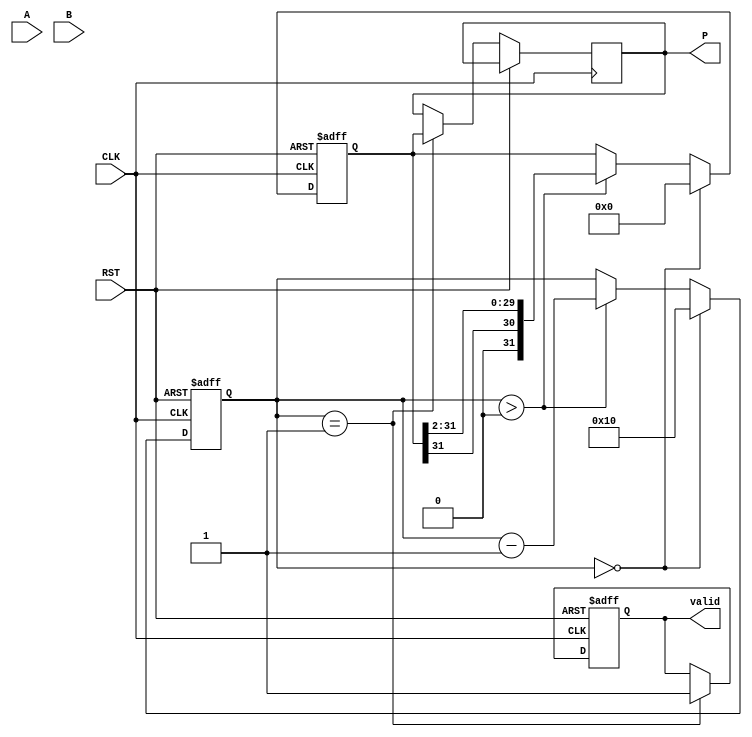
module ModifiedBoothMultiplier (
    input signed [15:0] A,     // Multiplicand
    input signed [15:0] B,     // Multiplier
    input CLK,                 // Clock
    input RST,                 // Reset
    output reg signed [31:0] P, // Product
    output reg valid            // Valid signal
);

    reg signed [15:0] M;       // Multiplicand Register
    reg signed [15:0] Q;       // Multiplier Register
    reg signed [31:0] R;       // Accumulator (Product Register)
    reg [4:0] Count;           // Bit counter
    reg [1:0] Q_minus1;        // Previous bit of multiplier

    always @(posedge CLK or posedge RST) begin
        if (RST) begin
            // Initialization
            M <= 0;
            Q <= 0;
            R <= 0;
            Count <= 0;
            valid <= 0;
            Q_minus1 <= 2'b0;
        end else begin
            if (Count == 0) begin
                // Load inputs into registers
                M <= A;          // Load multiplicand
                Q <= B;          // Load multiplier
                R <= 0;          // Clear product
                Count <= 16;     // Assuming 16 bits for multiplicand and multiplier
                Q_minus1 <= 2'b0; // Initialize previous bit
            end else if (Count > 0) begin
                case ({Q[0], Q_minus1}) // Current bit and previous bit
                    2'b00: begin
                        // Do nothing
                    end
                    2'b01: begin
                        // Add M to R
                        R <= R + M;
                    end
                    2'b10: begin
                        // Subtract M from R
                        R <= R - M;
                    end
                    2'b11: begin
                        // Do nothing
                    end
                endcase
                
                // Arithmetic right shift of R and Q
                {R, Q} <= {R[31], R[31:1], Q[15:1]}; // Shift right
                Q_minus1 <= Q[0]; // Update previous bit
                Count <= Count - 1; // Decrement count
            end
            
            if (Count == 1) begin
                // Multiplication complete
                P <= R; // Output product
                valid <= 1; // Set valid signal
            end
        end
    end

endmodule